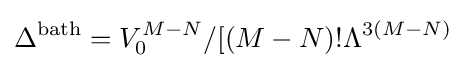
\Delta ^{\text{bath}}=V_{0}^{M-N}/[(M-N)!\Lambda ^{3(M-N)}